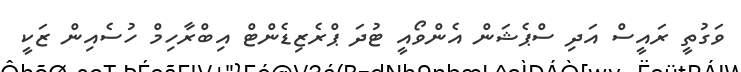
ވަގުތީ ރައީސް އަދި ސްޕެޝަން އެންވޯއީ ޓުދަ ޕްރެޒިޑެންޓް އިބްރާހިމް ހުސެއިން ޒަކީ